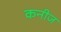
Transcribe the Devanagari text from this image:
कनीज